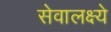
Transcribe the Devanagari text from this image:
सेवालक्ष्ये